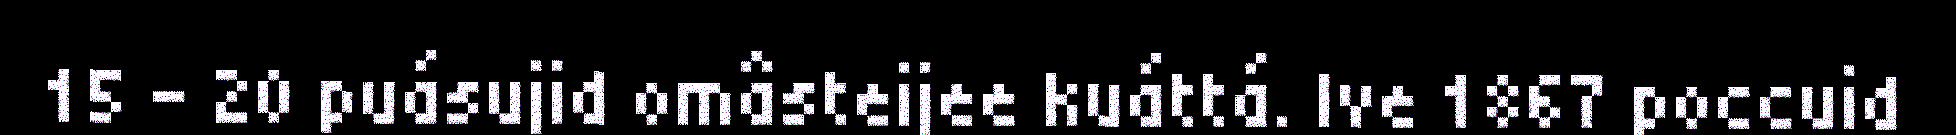
15 – 20 puásujid omâsteijee kuáttá. Ive 1867 poccuid